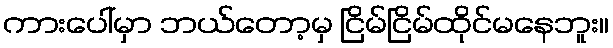
ကားပေါ်မှာ ဘယ်တော့မှ ငြိမ်ငြိမ်ထိုင်မနေဘူး။